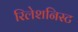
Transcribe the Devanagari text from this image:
रिलेशनिस्ट